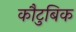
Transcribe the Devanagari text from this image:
कौटुबिक